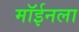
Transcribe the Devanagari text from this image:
मॉईनला